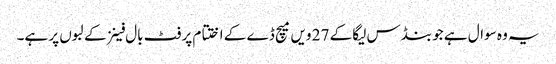
یہ وہ سوال ہے جو بنڈس لیگا کے 27 ویں میچ ڈے کے اختتام پر فٹ بال فینز کے لبوں پر ہے۔